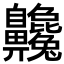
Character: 𪗂